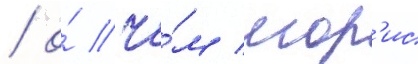
/ о́ че́м мор'ис